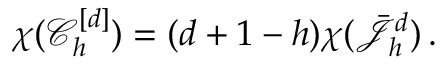
\chi ( \mathcal { C } _ { h } ^ { [ d ] } ) = ( d + 1 - h ) \chi ( \bar { \mathcal { J } } _ { h } ^ { d } ) \, .